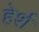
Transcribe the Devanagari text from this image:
हेर्श